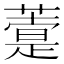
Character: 𦽢